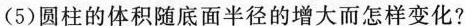
(5)圆柱的体积随底面半径的增大而怎样变化?